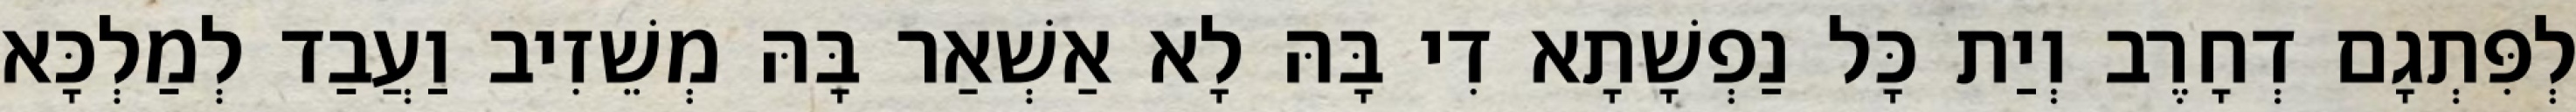
לְפִּתְגָם דְחָרֶב וְיַת כָּל נַפְשָׁתָא דִי בָּהּ לָא אַשְׁאַר בָּהּ מְשֵׁזִיב וַעֲבַד לְמַלְכָּא